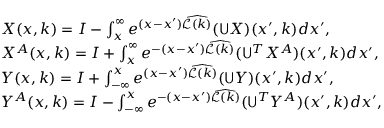
\begin{array} { r l } & { X ( x , k ) = I - \int _ { x } ^ { \infty } e ^ { ( x - x ^ { \prime } ) \widehat { \mathcal { L } ( k ) } } ( \mathsf { U } X ) ( x ^ { \prime } , k ) d x ^ { \prime } , } \\ & { X ^ { A } ( x , k ) = I + \int _ { x } ^ { \infty } e ^ { - ( x - x ^ { \prime } ) \widehat { \mathcal { L } ( k ) } } ( \mathsf { U } ^ { T } X ^ { A } ) ( x ^ { \prime } , k ) d x ^ { \prime } , } \\ & { Y ( x , k ) = I + \int _ { - \infty } ^ { x } e ^ { ( x - x ^ { \prime } ) \widehat { \mathcal { L } ( k ) } } ( \mathsf { U } Y ) ( x ^ { \prime } , k ) d x ^ { \prime } , } \\ & { Y ^ { A } ( x , k ) = I - \int _ { - \infty } ^ { x } e ^ { - ( x - x ^ { \prime } ) \widehat { \mathcal { L } ( k ) } } ( \mathsf { U } ^ { T } Y ^ { A } ) ( x ^ { \prime } , k ) d x ^ { \prime } , } \end{array}